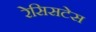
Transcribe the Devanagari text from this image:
रेसिसटेस